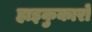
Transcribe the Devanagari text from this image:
हाइकुकारों